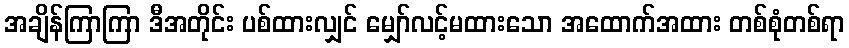
အချိန်ကြာကြာ ဒီအတိုင်း ပစ်ထားလျှင် မျှော်လင့်မထားသော အထောက်အထား တစ်စုံတစ်ရာ